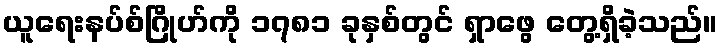
ယူရေးနပ်စ်ဂြိုဟ်ကို ၁၇၈၁ ခုနှစ်တွင် ရှာဖွေ တွေ့ရှိခဲ့သည်။